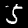
Digit: 5